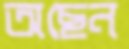
অছেন